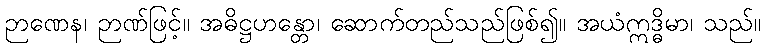
ဉာဏေန၊ ဉာဏ်ဖြင့်။ အဓိဋ္ဌဟန္တော၊ ဆောက်တည်သည်ဖြစ်၍။ အယံဣဒ္ဓိမာ၊ သည်။